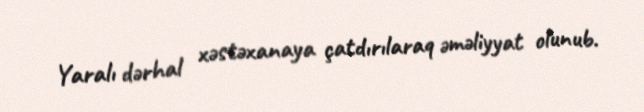
Yaralı dərhal xəstəxanaya çatdırılaraq əməliyyat olunub.